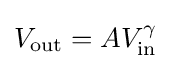
V_{\text{out}}=AV_{\text{in}}^{\gamma }